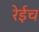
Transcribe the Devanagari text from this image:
रेईच